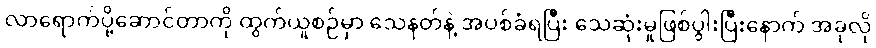
လာရောက်ပို့ဆောင်တာကို ထွက်ယူစဉ်မှာ သေနတ်နဲ့ အပစ်ခံရပြီး သေဆုံးမှုဖြစ်ပွါးပြီးနောက် အခုလို